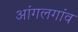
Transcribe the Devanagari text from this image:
आंगलगांव